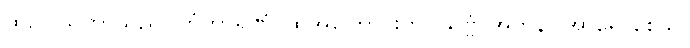
ထိုဥပါသကာသည်။ တံကာရဏံ၊ ထိုအကြောင်းကို။ သဗ္ဗံ၊ အကုန်။ အာရောစေသိ၊